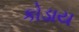
કોડાય